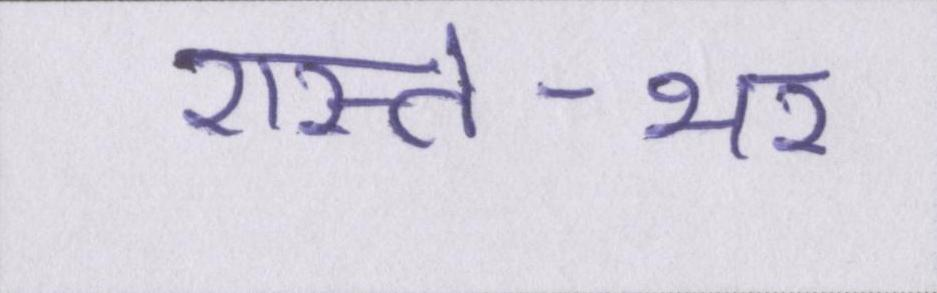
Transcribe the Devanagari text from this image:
रास्ते-भर